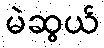
မဲဆွယ်